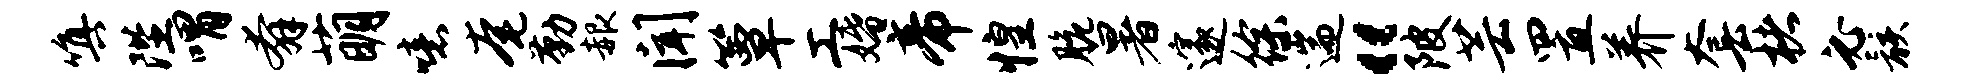
嗔陛喟奔萌噫奄勤赧闻簟工婚帝惶脆暑邃徐遄“陂芸置养套楮必骸